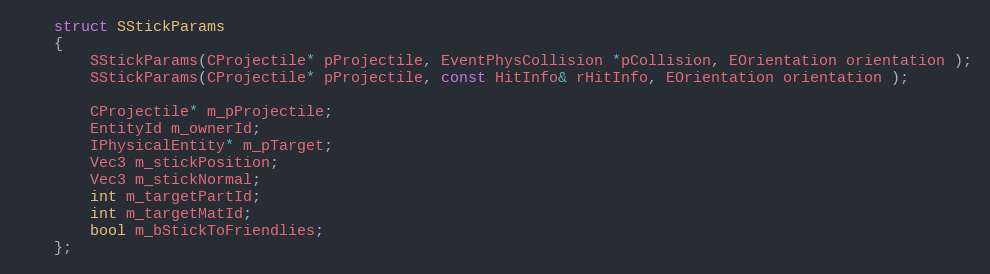
Language: C
	struct SStickParams
	{
		SStickParams(CProjectile* pProjectile, EventPhysCollision *pCollision, EOrientation orientation );
		SStickParams(CProjectile* pProjectile, const HitInfo& rHitInfo, EOrientation orientation );

		CProjectile* m_pProjectile;
		EntityId m_ownerId;
		IPhysicalEntity* m_pTarget;
		Vec3 m_stickPosition;
		Vec3 m_stickNormal;
		int m_targetPartId;
		int m_targetMatId;
		bool m_bStickToFriendlies;
	};